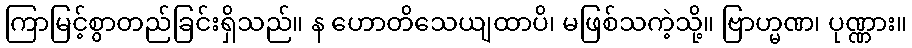
ကြာမြင့်စွာတည်ခြင်းရှိသည်။ န ဟောတိသေယျထာပိ၊ မဖြစ်သကဲ့သို့။ ဗြာဟ္မဏ၊ ပုဏ္ဏား။